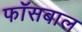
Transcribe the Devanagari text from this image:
फॉसबाल